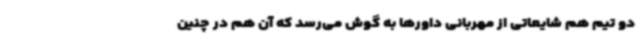
دو تیم هم شایعاتی از مهربانی داورها به گوش می‌رسد که آن هم در چنین